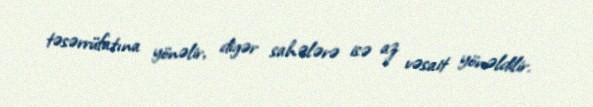
təsərrüfatına yönəlir, digər sahələrə isə az vəsait yönəldilir.